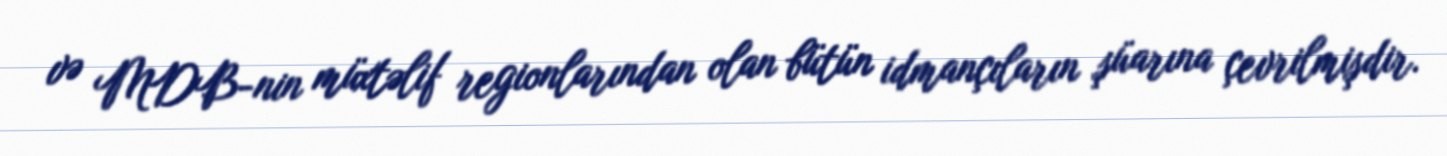
və MDB-nin müxtəlif regionlarından olan bütün idmançıların şüarına çevrilmişdir.